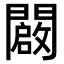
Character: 闙